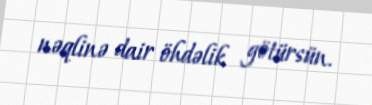
nəqlinə dair öhdəlik götürsün.